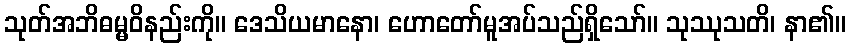
သုတ်အဘိဓမ္မဝိနည်းကို။ ဒေသိယမာနော၊ ဟောတော်မူအပ်သည်ရှိသော်။ သုဿုသတိ၊ နာ၏။